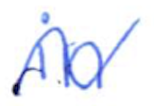
Text: in
Cross-out: wave
Writing tool: ballpoint